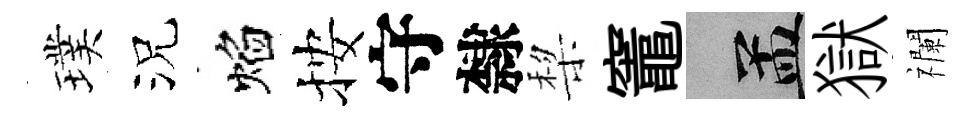
璞況焰按守隸棃竈汴獄襴